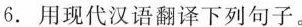
6. 用现代汉语翻译下列句子。